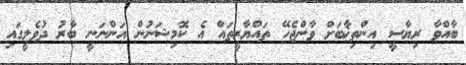
ބާއްވާ ރިޔާސީ އިންތިޚާބަށް ވާންޖެހޭ ތައްޔާރީތައް އެ ކޮމިޝަނުން އަންނަނީ ބާރު ދުވެލީގައި